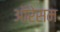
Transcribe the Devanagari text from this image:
ऑरेसम